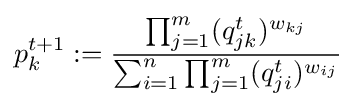
p_{k}^{t+1}:={\dfrac {\prod _{j=1}^{m}(q_{jk}^{t})^{w_{kj}}}{\sum _{i=1}^{n}\prod _{j=1}^{m}(q_{ji}^{t})^{w_{ij}}}}